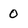
Character: 0